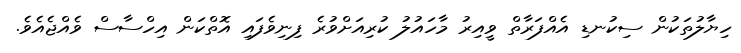
ހިޔާލުތަކުން ސިކުނޑި އެއްފަރާތް ވީއިރު މާހައުލު ކުރިއަށްވުރެ ފިނިވެފައި އޮތްކަން އިހްސާސް ވެއްޖެއެވެ.